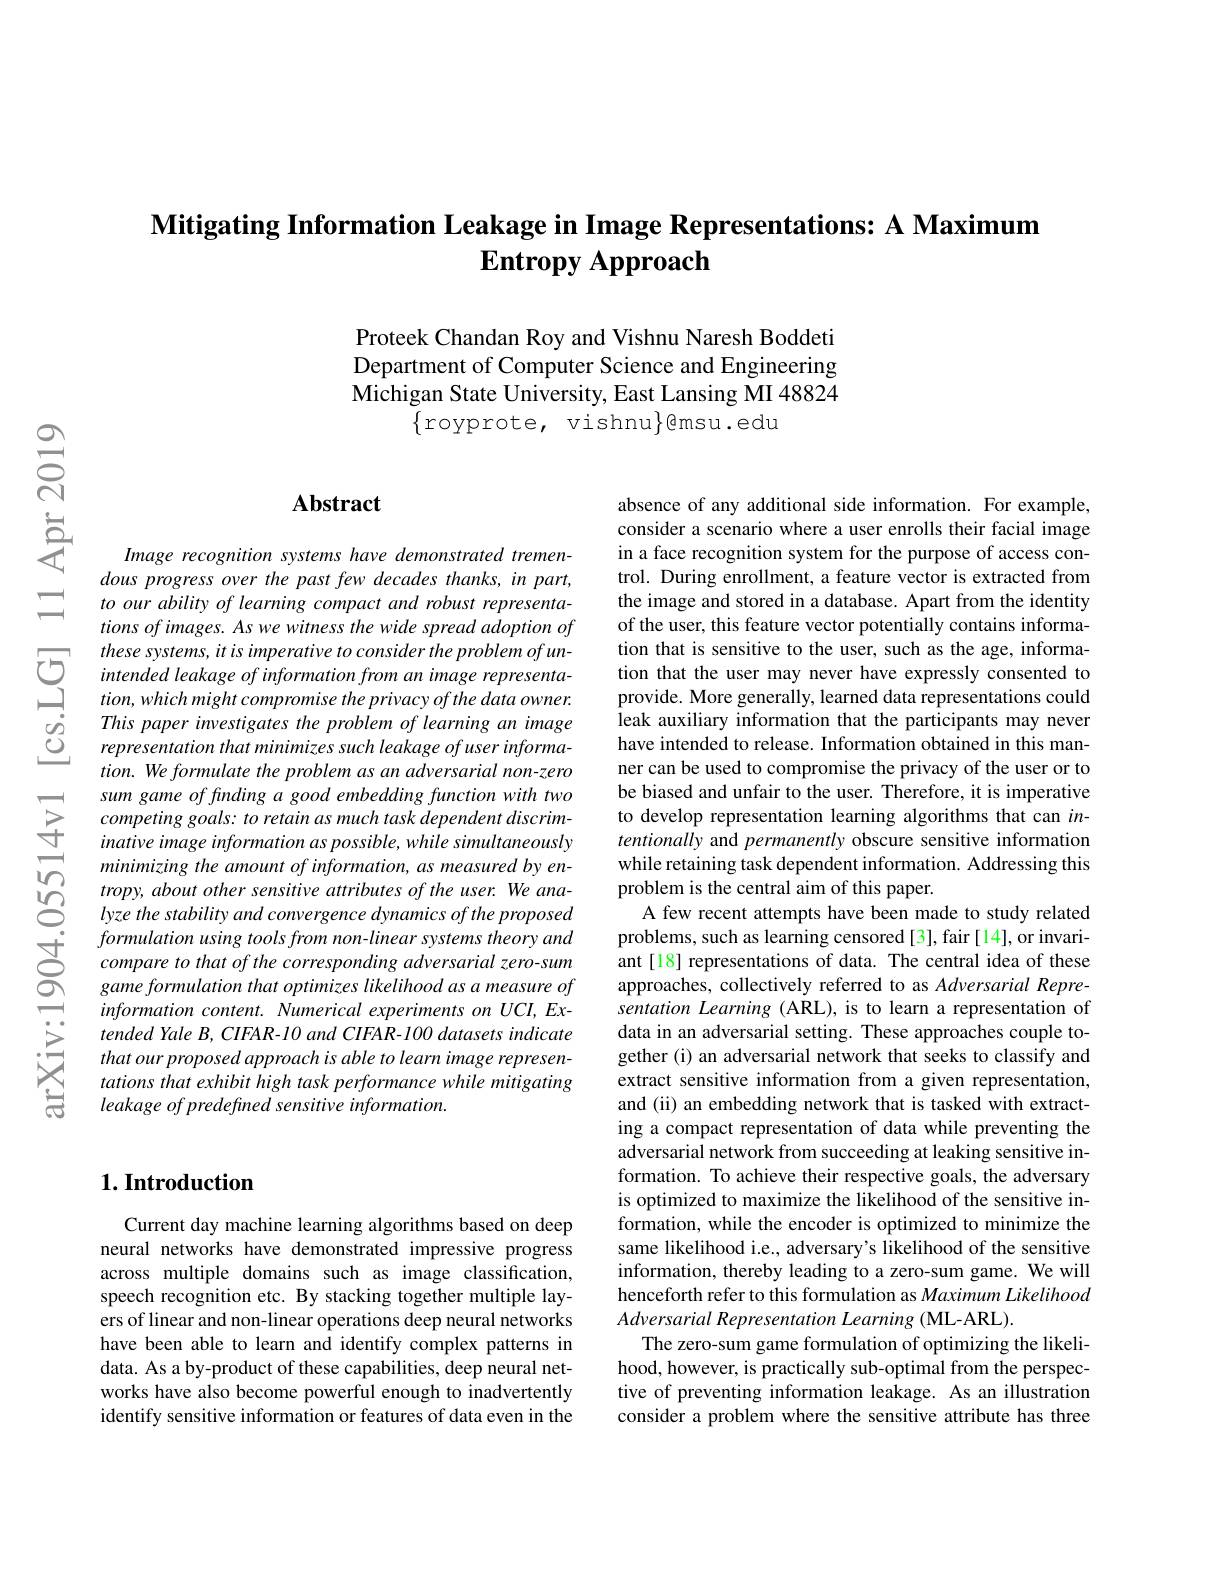
$\textbf{Mitigating Information Leakage in Image Representations: A Maximum}$
$\textbf{Entropy Approach}$

Proteek Chandan Roy and Vishnu Naresh Boddeti Department of Computer Science and Engineering Michigan State University, East Lansing MI 48824
$\{$royprote, vishnu$\}$@msu.edu

## Abstract

Image recognition systems have demonstrated tremendous progress over the past few decades thanks, in part, to our ability of learning compact and robust representations of images. As we witness the wide spread adoption of these systems, it is imperative to consider the problem of unintended leakage of information from an image representa- $tion,whichmight$ compromise the privacy of the data owner. This paper investigates the problem of learning an image representation that minimizes such leakage ofuser informa- $tion.Weformulate$ the problem as an adversarial non-zero sum game of finding a good embedding function with two competing goals: to retain as much task dependent discriminative image information as possible, while simultaneously minimizing the amount of information, as measured by en-
tropy, about other sensitive attributes of the user. We ana- lyze the stability and convergence dynamics of the proposed
formulation using tools from non-linear systems theory and compare to that of the corresponding adversarial zero-sum game formulation that optimizes likelihood as a measure of information content. Numerical experiments on UCI, Extended Yale B, CIFAR- 10 and CIFAR- 100 datasets indicate that our proposed approach is able to learn image representations that exhibit high task performance while mitigating leakage of predefined sensitive information.

absence of any additional side information. For example, consider a scenario where a user enrolls their facial image in a face recognition system for the purpose of access control. During enrollment, a feature vector is extracted from the image and stored in a database. Apart from the identity of the user, this feature vector potentially contains information that is sensitive to the user, such as the age, information that the user may never have expressly consented to provide. More generally, learned data representations could leak auxiliary informationthat the participants may never have intended to release. Information obtained in this manner can be used to compromise the privacy of the user or to be biased and unfair to the user. Therefore, it is imperative to develop representation learning algorithms that can $in-$ tentionally and permanently obscure sensitive information while retaining task dependent information. Addressing this problem is the central aim of this paper.
A few recent attempts have been made to study related problems, such as learning censored [3], fair [14], or invariant [18] representations of data. The central idea of these approaches, collectively referred to as Adversarial Representation Learning (ARL), is to learn a representation of data in an adversarial setting. These approaches couple together (i) an adversarial network that seeks to classify and extract sensitive information from a given representation, and (ii) an embedding network that is tasked with extracting a compact representation of data while preventing the adversarial network from succeeding at leaking sensitive information. To achieve their respective goals, the adversary is optimized to maximize the likelihood of the sensitive information, while the encoder is optimized to minimize the same likelihood i.e., adversary's likelihood of the sensitive information, thereby leading to a zero-sum game. We will henceforth refer to this formulation as Maximum Likelihood Adversarial Representation Learning (ML-ARL).
The zero-sum game formulation of optimizing the likelihood, however, is practically sub-optimal from the perspective of preventing information leakage. As an illustration consider a problem where the sensitive attribute has three

## $1. \textbf{Introduction}$

Current day machine learning algorithms based on deep neural networks have demonstrated impressive progress across multiple domains such as image classification, speech recognition etc. By stacking together multiple layers of linear and non-linear operations deep neural networks have been able to learn and identify complex patterns in data. As a by-product of these capabilities, deep neural networks have also become powerful enough to inadvertently identify sensitive information or features of data even in the